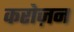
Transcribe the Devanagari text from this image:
करोज़न